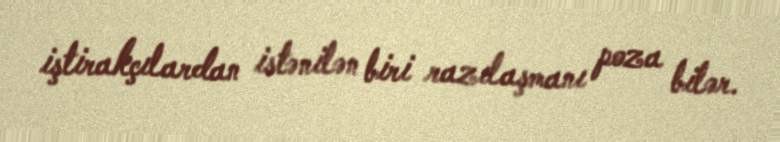
iştirakçılardan istənilən biri razılaşmanı poza bilər.